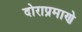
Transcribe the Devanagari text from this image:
दोराप्रमाणे